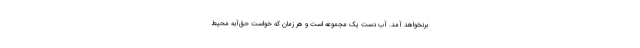
برنخواهد آمد. آب دست یک مجموعه است و هر زمان که خواست حق‌آبه محیط